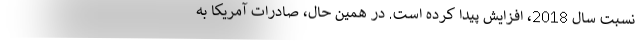
نسبت سال 2018، افزایش پیدا کرده است. در همین حال، صادرات آمریکا به